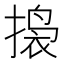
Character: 𫽲